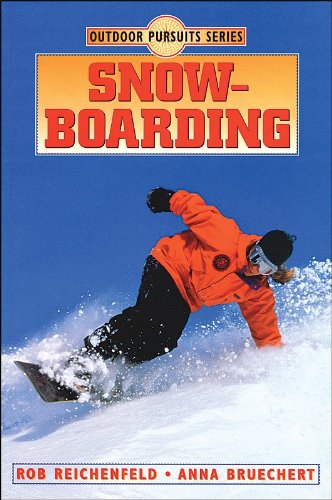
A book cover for Snowboarding (Outdoor Pursuits); Robert Reichenfeld; Sports & Outdoors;